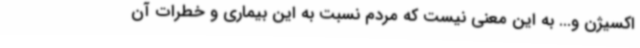
اکسیژن و... به این معنی نیست که مردم نسبت به این بیماری و خطرات آن